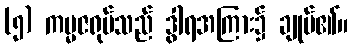
(၅) ကမ္မဇရုပ်သည် ဒွါရအကြား၌ ချုပ်၏။